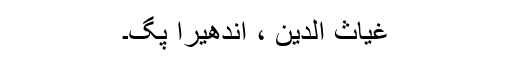
غیاث الدین ، اندھیرا پگ۔